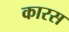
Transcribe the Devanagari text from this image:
कारस